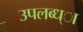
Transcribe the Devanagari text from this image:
उपलब्ध्ा